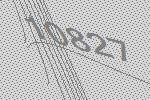
10827